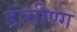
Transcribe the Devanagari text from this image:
डांसीण्ग